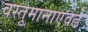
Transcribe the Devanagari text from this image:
वस्तुमानाएवढे